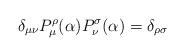
LaTeX: \begin{align*}\delta_{\mu\nu}P_\mu^\rho(\alpha)P_\nu^\sigma(\alpha) =\delta_{\rho\sigma}\end{align*}